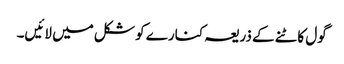
گول کاٹنے کے ذریعہ کنارے کو شکل میں لائیں۔